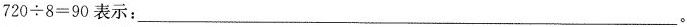
$$720\div 8=90$$表示：___.